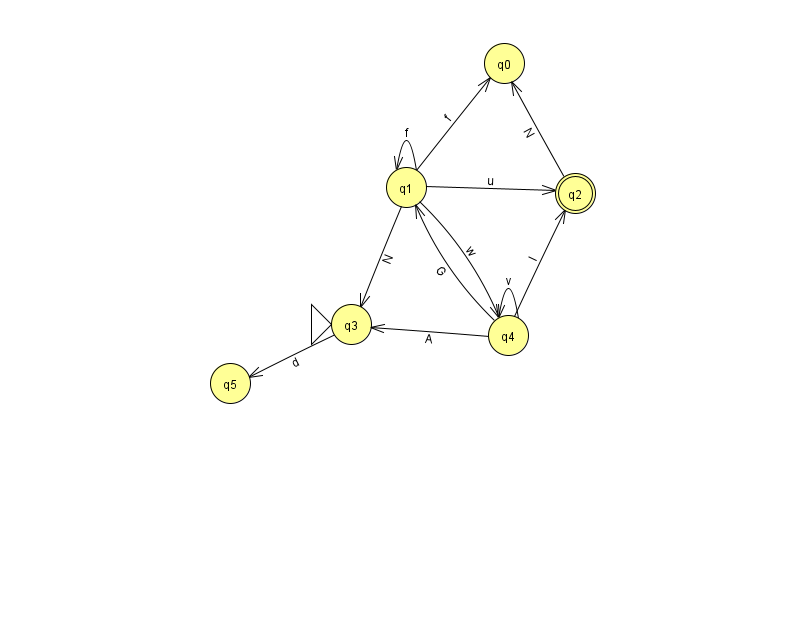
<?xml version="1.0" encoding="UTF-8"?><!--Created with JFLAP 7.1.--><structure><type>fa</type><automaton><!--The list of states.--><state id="0" name="q0"><x>504.0</x><y>50.0</y></state><state id="1" name="q1"><x>406.0</x><y>174.0</y></state><state id="2" name="q2"><x>575.0</x><y>180.0</y><final/></state><state id="3" name="q3"><x>351.0</x><y>311.0</y><initial/></state><state id="4" name="q4"><x>508.0</x><y>322.0</y></state><state id="5" name="q5"><x>230.0</x><y>370.0</y></state><!--The list of transitions.--><transition><from>3</from><to>5</to><read>d</read></transition><transition><from>4</from><to>3</to><read>A</read></transition><transition><from>1</from><to>1</to><read>f</read></transition><transition><from>1</from><to>4</to><read>w</read></transition><transition><from>4</from><to>1</to><read>G</read></transition><transition><from>4</from><to>4</to><read>v</read></transition><transition><from>4</from><to>2</to><read>I</read></transition><transition><from>1</from><to>0</to><read>f</read></transition><transition><from>1</from><to>2</to><read>u</read></transition><transition><from>1</from><to>3</to><read>N</read></transition><transition><from>2</from><to>0</to><read>N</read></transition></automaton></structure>